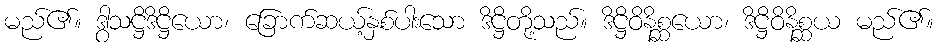
မည်၏။ ဒွါသဋ္ဌိဒိဋ္ဌိယော၊ ခြောက်ဆယ့်နှစ်ပါးသော ဒိဋ္ဌိတို့သည်။ ဒိဋ္ဌိဝိနိစ္ဆယော၊ ဒိဋ္ဌိဝိနိစ္ဆယ မည်၏။